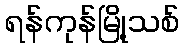
ရန်ကုန်မြို့သစ်